Bréfritari: Benedikt Hálfdanarson
Dagsetning: A-1890-03-01
Skrifað á: Vesturheimi

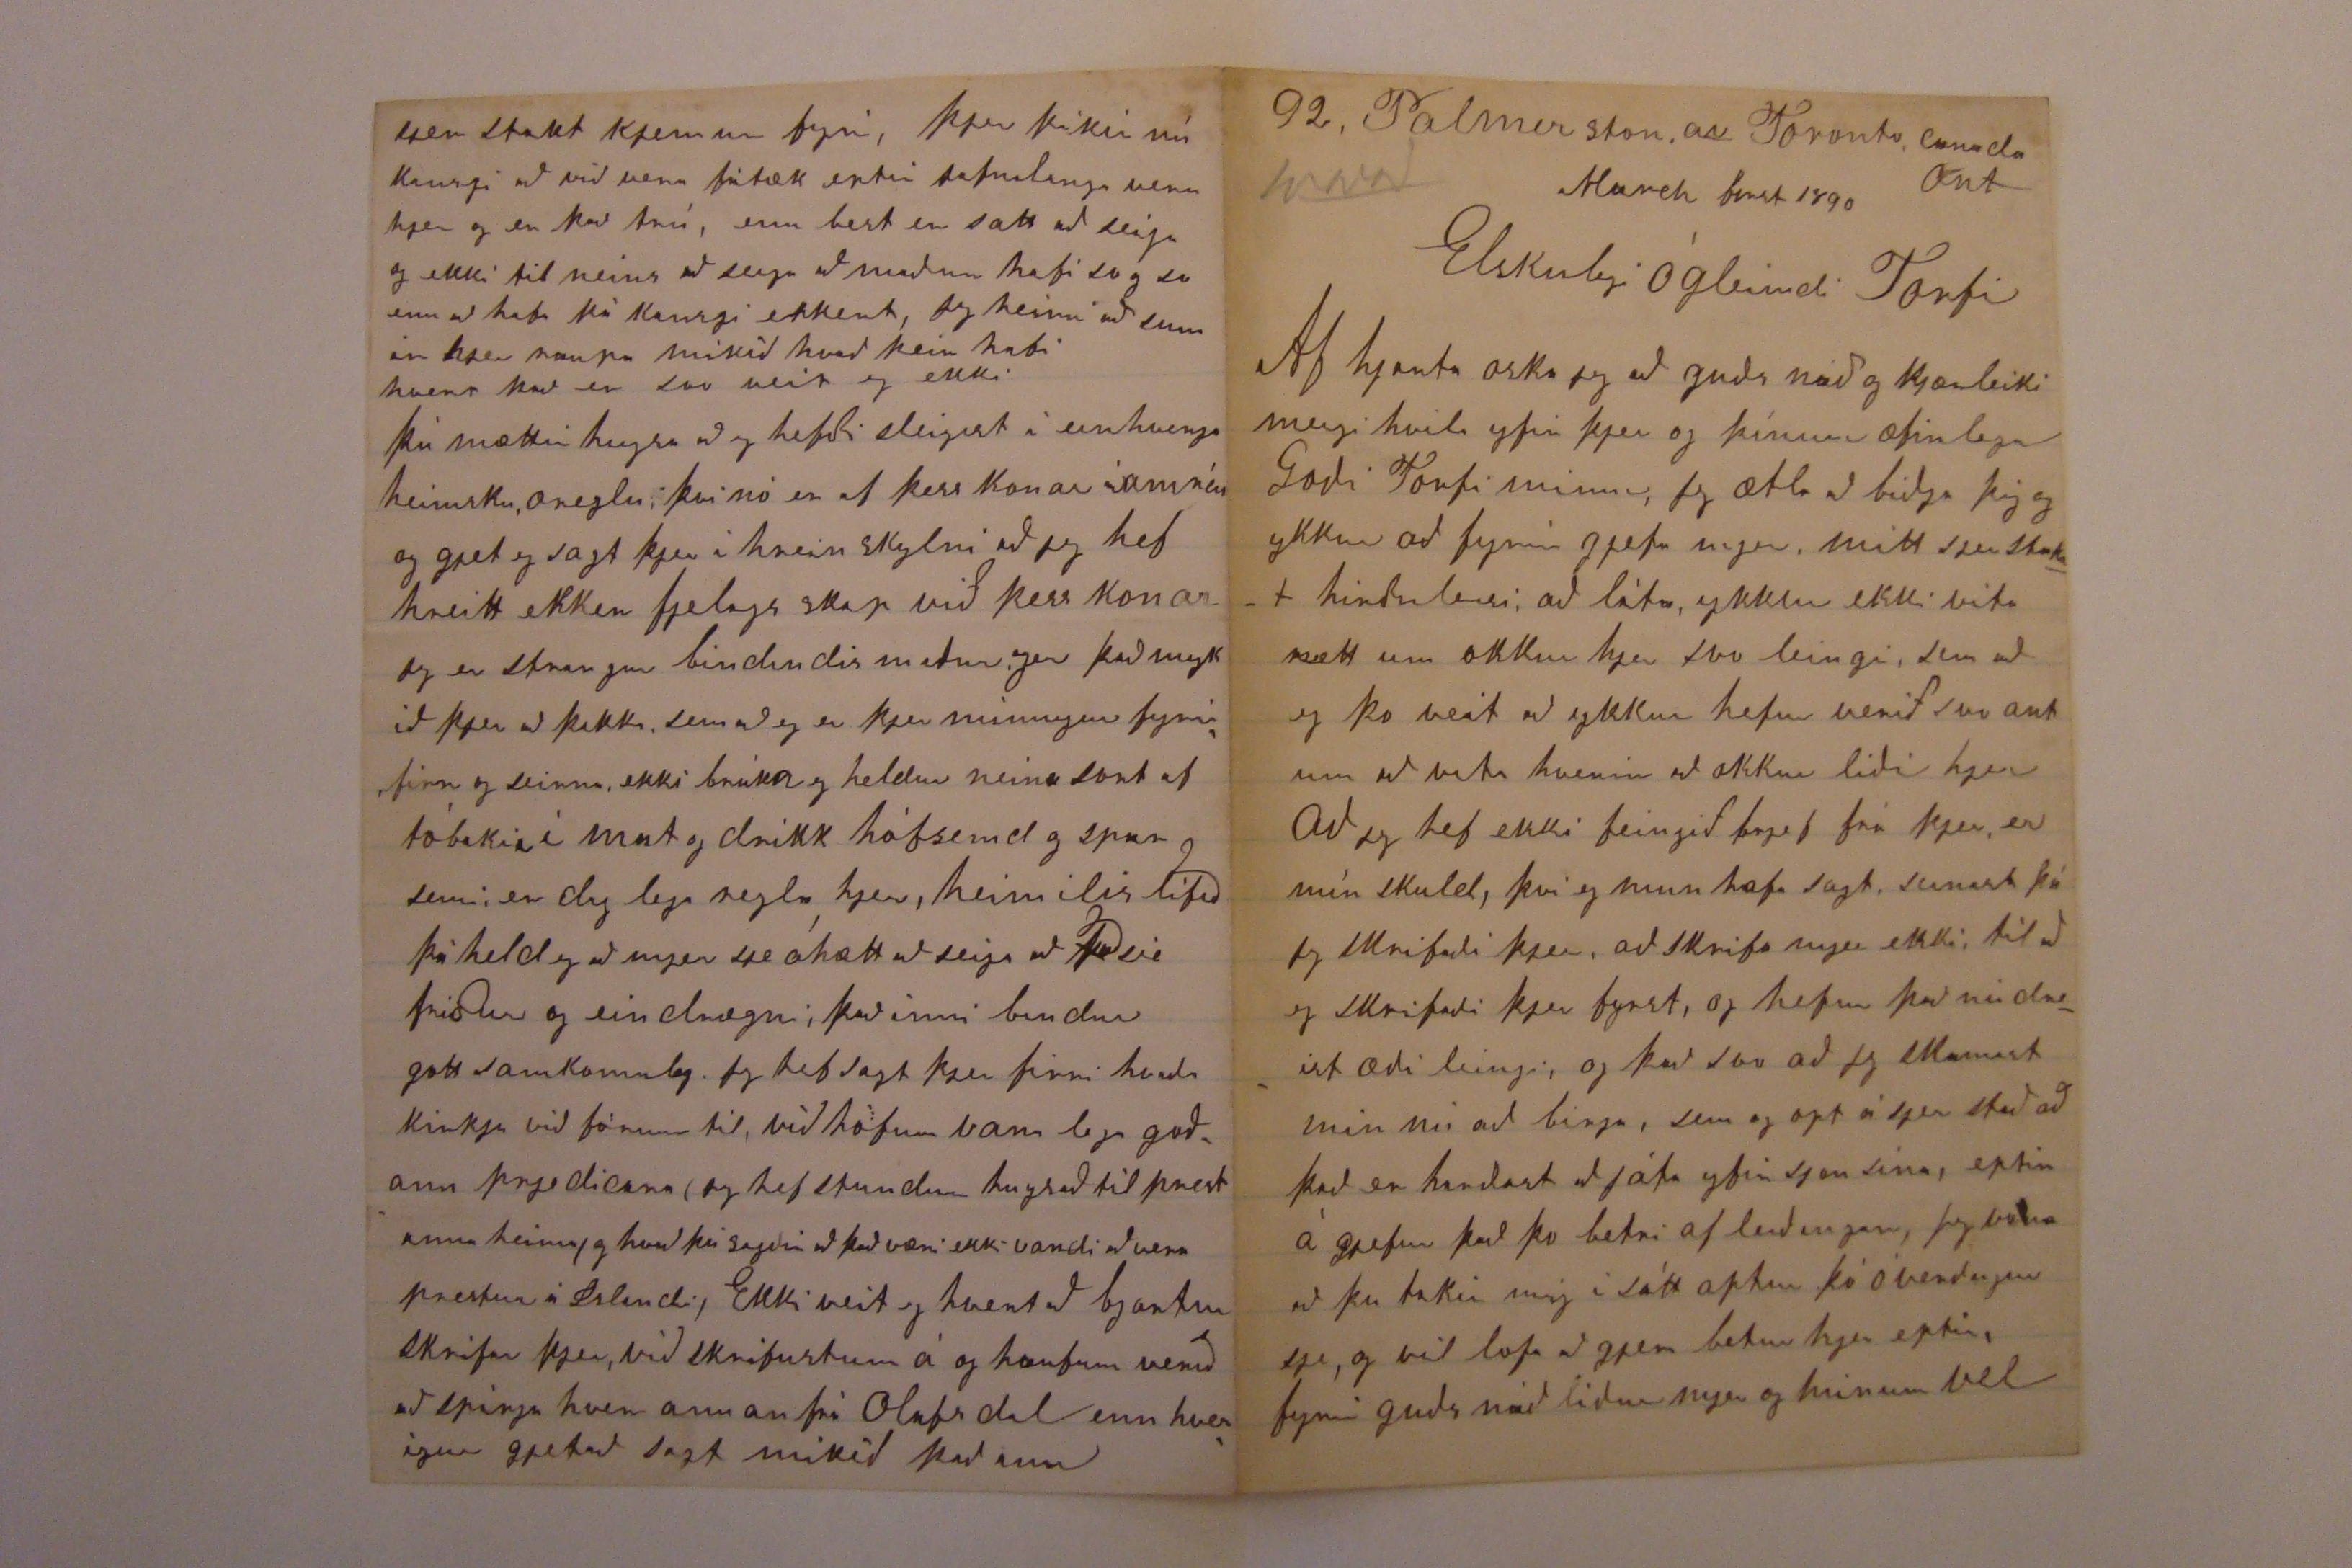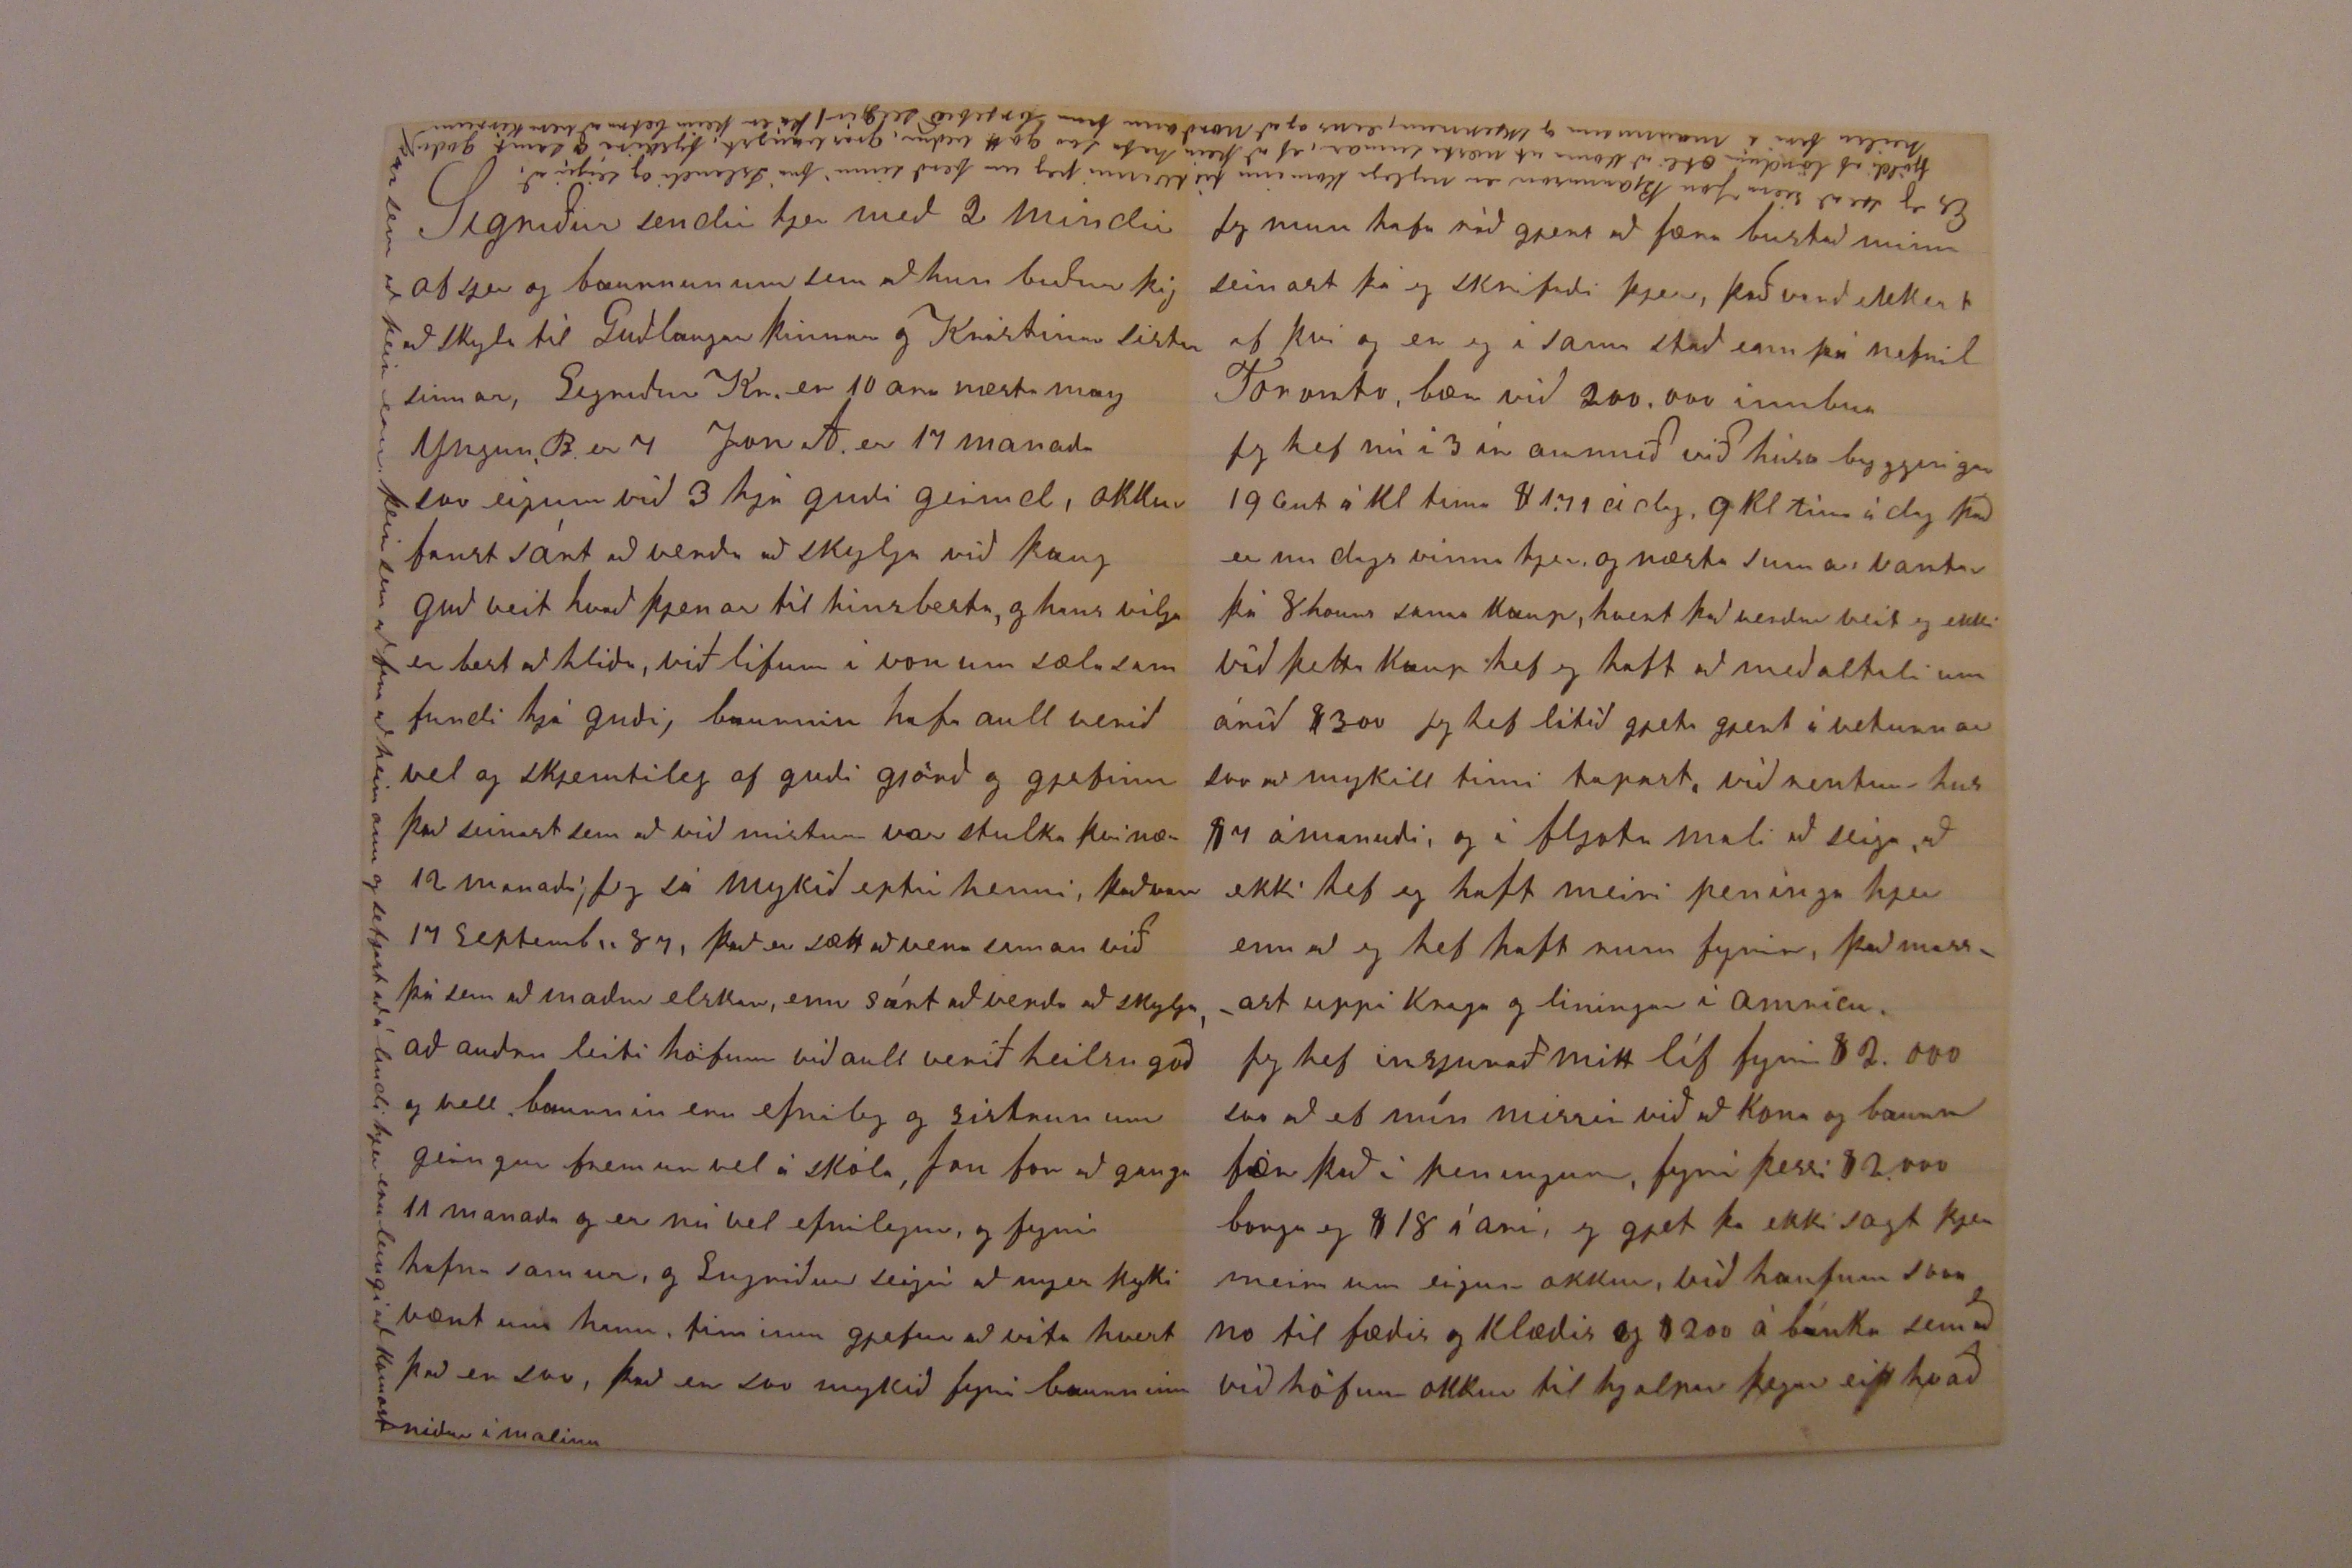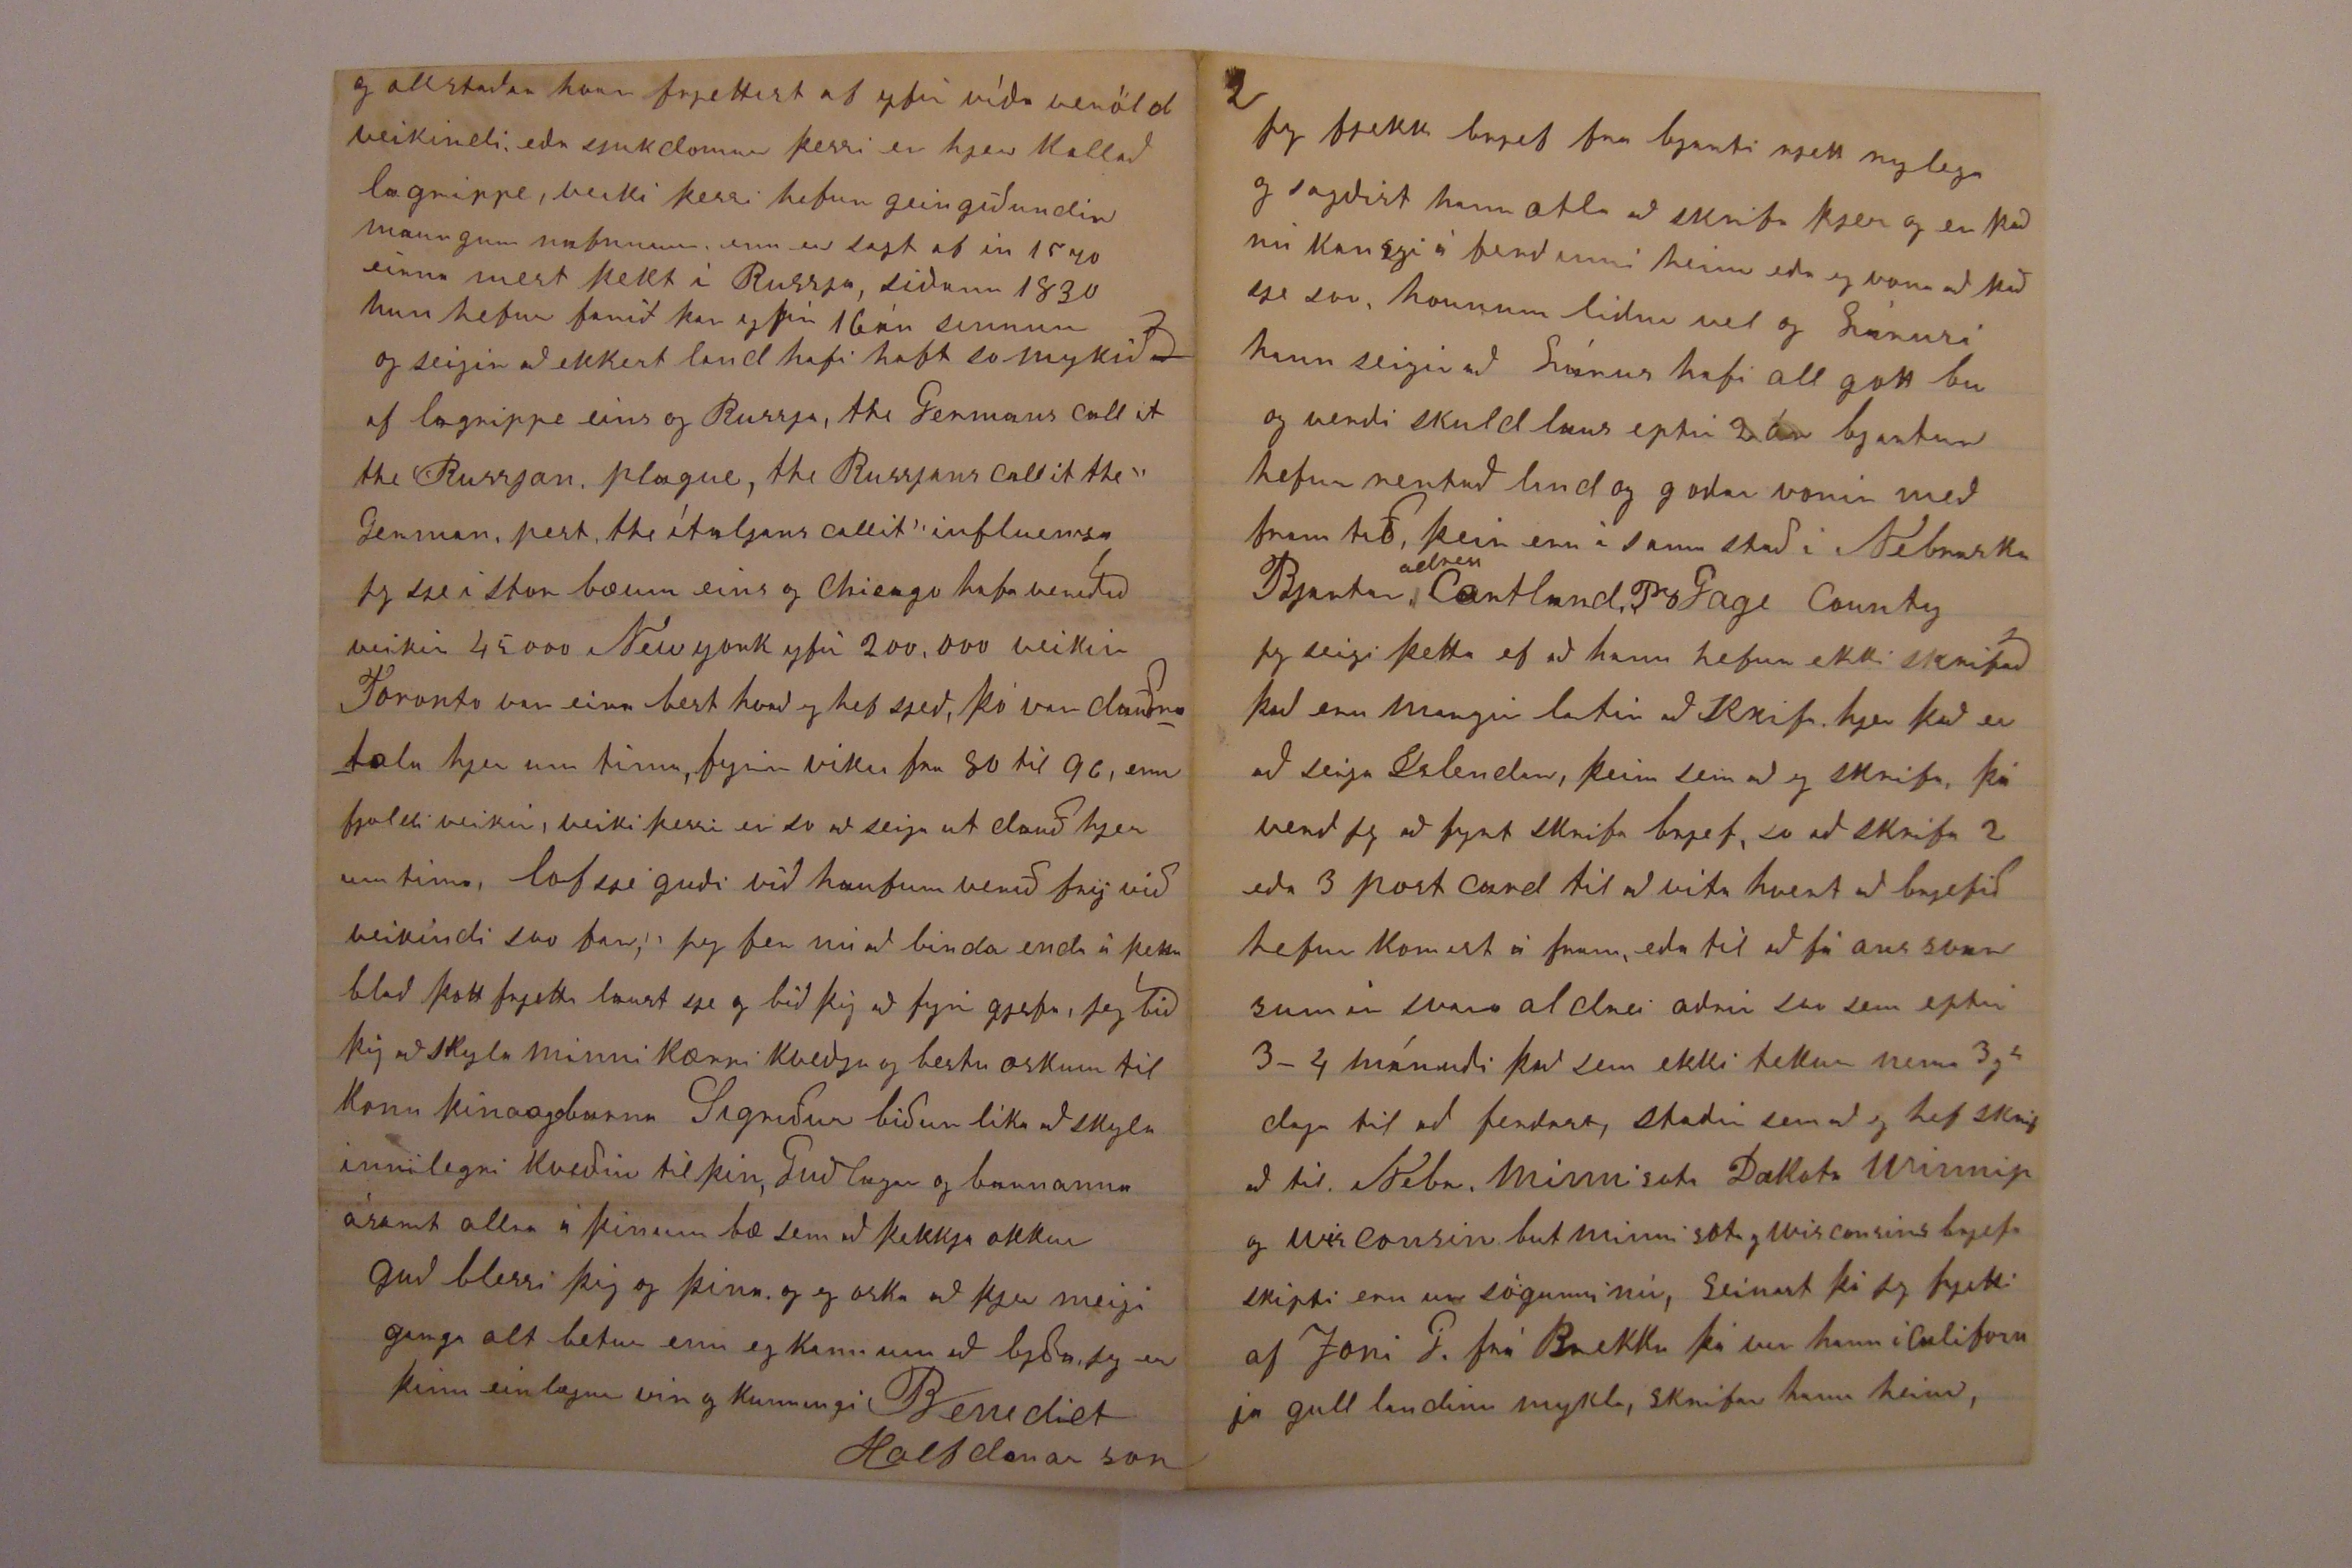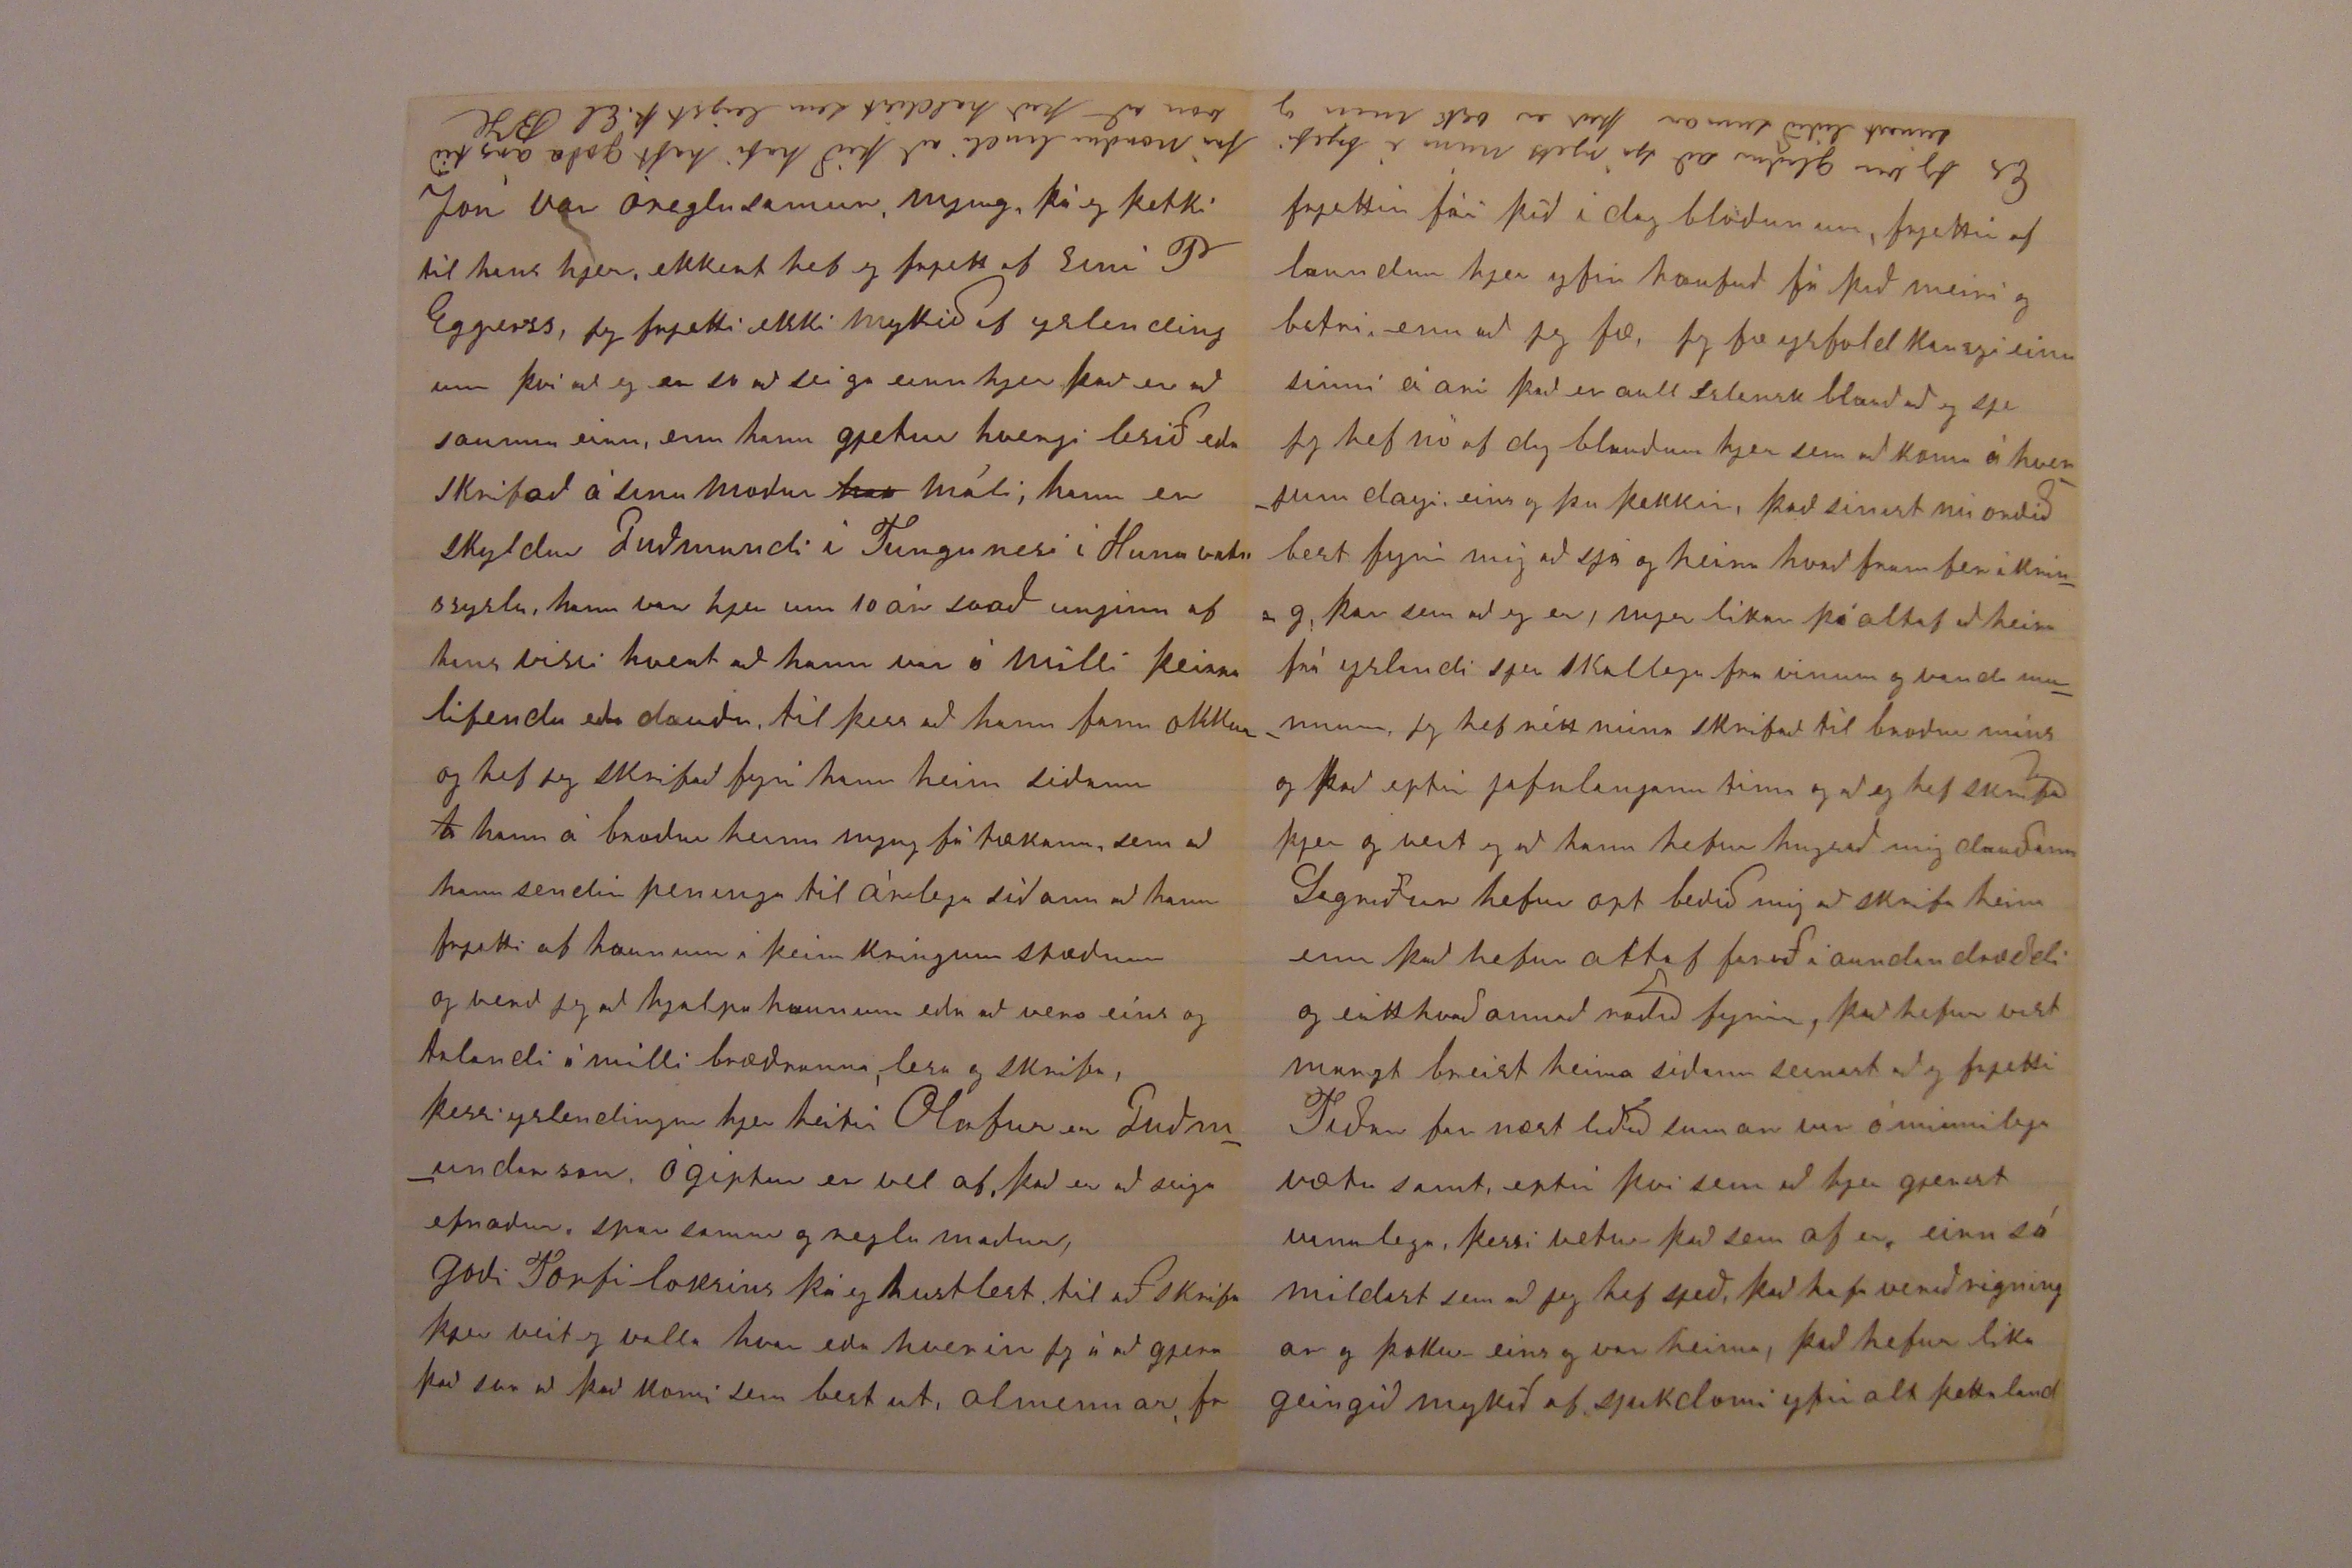

92. Palmer Ston. av Toronto Canada Ont
March first 1890
Elskulegi ógleimdi Torfi
Af hjarta oska jeg að guðs náð og kjærleiki meigi hvíla yfir þjer og þínum æfinlega Goði Torfi minn, jeg ætla að biðja þig og ykkur að fyrir gjefa mjer mitt sjerstakt hirðuleisi að láta ykkur ekki vita neitt um okkur hjer svo leingi sem að eg þo veit að ykkur hefur verið svo ant um að vita hvernin að okkur liði hjer Að jeg hef ekki feingið brjef frá þjer er mín skuld, því eg mun hafa sagt seinast þá jeg skrifaði þjer, að skrifa mjer ekki til að eg skrifaði þjer fyrst, og hefur það nú dregist æði leingi, og það svo að jeg skamast mín nú að birja, sem og opt á sjer stað að það er harðast að játa yfir sjon sína, eptir á gjefur það þo betri af leiðingar, jeg vona að þu takir mig í sátt aptur þó óverðugur sje, og vil lofa að gjera betur hjer eptir, fyrir guðs náð líður mjer og hinum vel
þar sem að þeir eru þeir sem að fara að heimann og setjast að á landi hjer eru lengi að komast niður í malinu
Jeg mun hafa ráð gjert að færa bustað minn seinast þá eg skrifaði þjer, það varð ekkert af því og er eg í sama stað enn þá nefnil Toronto, bær við 200.000 innbua
Jeg hef nú í 3 ár aunnið við húsa byggingar 19 Cent á kl tíma $ 1.71 á dag 9 kl tíma á dag það er nu dags vinna hjer og næsta sumar vantar þá 8 hours sama kaup, hvert það verður veit eg ekki við þetta kaup hef eg haft að meðaltali um árið $ 300 jeg hef lítið gjeta gjert á veturnar svo að mykill tími tapast, við rentum hus $ 7 á manuði, og í fljotu mali að seiga að ekki hef eg haft meiri peninga hjer enn að eg hef haft rum fyrir, það massast uppí Kraga og líningar í amricu.
Jeg hef insjurað mitt líf fyrir $ 2.000 svo að ef mín missir við að kona og baurn fær það í peningum, fyrir þessi $ 2.000 borga eg $ 18 á ári, og gjet þa ekki sagt þjer meira um eignir okkar, við haufum svona no til fæðis og klæðis og $ 200 á bánka sem að við höfum okkur til hjalpar þegar eitthvað
Es eg sje að siera Jon Bjarnason er nylega kominn til Winnipeg ur ferð sinni frá Islandi og seigir að fjöldi af löndum ætli að koma ut næsta sumar, ef að þeir hafa svo gott veður, grasvaugst, fyskirí á samt goðri heilsu fari í maunnum og skjepnum, eins og að norðann fara brjefið seigir þá er þeim betra að vera kirrum
sjerstakt kjemur fyrir, þjer þikir nú kansgi að við vera fátæk eptir jafnlanga veru hjer og er það
trú
, enn best er satt að seiga og ekki til neins að seiga að maður hafi so og so enn að hafa þá kansgi ekkert, jeg heiri að sumir hjer raupa mikið hvað þeir hafi hvert það er svo veit eg ekki
þú mættir hugsa að eg hefði sleigist í einhverja heimsku, oreglu því nó er af þess konar í amrícu og gjet eg sagt þjer í hreinskylni að jeg hef hreitt ekkert fjelags skap við þess konar jeg er strangur bindindis maður og er það mykið þjer að þakka sem að eg er þjer minnugur fyrir firr og seirna, ekki brúka eg heldur neina sort af tóbaki í mat og drikk hófsemd og spar semi, er dag lega regla hjer, heimilis lífið þá held eg að mjer sje óhætt að seiga að það sie friður og eindrægni, það inni bindur gott samkomulag. Jeg hef sagt þjer firri hvaða kirkju við förum til, við höfum vanalega goðann prjedicara (jeg hef stundum hugsað til prestanna heima, og hvað þú sagðir að það væri ekki vandi að vera prestur á Islandi) Ekki veit eg hvert að bjartur skrifar þjer, við skrifustum á og haufum verið að spirja hver annan frá Olafsdal enn hverigur gjetað sagt mikið það um
Jeg fjekk brjef fra bjarti rjett nylega og sagðist hann atla að skrifa þjer og er það nú kansgi á ferðinni heim eða eg vona að það sje svo, honum líður vel og Lárusi hann seigir að Lárus hafi all gott bu og verði skuldlaus eptir 2 ár bjartur hefur rentað land og goðar vonir með framtíð, þeir eru í sama stað í Nebraska Bjartur
adress
Cortland P O Gage County
Jeg seigi þetta ef að hann hefur ekki skrifað það eru margir latir að skrifa hjer það er að seiga Islendir, þeim sem að eg skrifa, þá verð jeg að fyrst skrifa brjef, so að skrifa 2 eða 3 post card til að vita hvert að brjefið hefur komist á fram, eða til að fá
ans
svar sumir svara aldrei aðrir svo sem eptir 3-4 mánuði það sem ekki tekur nema 3 og 4 daga til að ferðast, staðir sem að eg hef skrifað til Nebr. Minnisota Dakota Winnipeg Wisconsin but minnisota og wisconsins brjefa skipti eru ur sögunni nú, Seinast þá jeg frjetti af Joni
G.
frá Brekku þá var hann í Californju gull landinu mykla, skrifar hann heim,
Jón var óreglusamur
nyung
þá eg þekki til hans hjer, ekkert hef eg frjett af sini P Eggerss, jeg frjetti ekki mykið af yslendingum því að eg er so að seiga einn hjer það er að
saunnu
einn, enn hann gjetur hvergi lesið eða skrifað á sínu moður
ma
máli, hann er skyldur Guðmundi í Tungunesi í Hunavatnssyslu, hann var hjer um 10 ár soað
einginn
af
hans
vissi hvert að hann var á milli þeirra lifenda eða dauðu, til þess að hann fann okkur og hef jeg skrifað fyrir hann heim síðann
h
hann á broður heima mjog fátækann sem að hann sendir peninga til árlega síðann að hann frjetti af haunum í þeim kringum stæðum og verð jeg að hjalpa honum eða að vera eins og talandi á milli bræðranna, lesa og skrifa, þessi yslendingur hjer heitir Olafur er Guðmundarson ógiptur er vel af, það er að seiga efnaður, sparsamur og reglumaður,
goði Torfi loksins þá eg
hustlest
til að skrifa þjer veit eg valla hvar eða hvernin jeg á að gjera það svo að það komi sem best ut, almennar fr
fái þið í dag blöðunum, frjettir af laundum hjer yfir haufuð fá það meiri og betri enn að jeg fæ, Jeg fæ ysfold kansgi einu sinni á ari það er aull Islensk blauð að eg sje Jeg hef nó af dag blauðum hjer sem að koma á hverjum deigi eins og þu þekkir, það sínist nú orðið best fyrir mig að sjá og heira hvað fram fer í kring þar sem að eg er, mjer líkar þó altaf að heira frá yslandi sjer skallega fra vinum og vanda mannum, jeg hef rétt núna skrifað til broður míns og það eptir jafnlangann tíma og að eg hef skrifað þjer og veit eg að hann hefur hugsað mig dauðann Sigríður hefur opt beðið mig að skrifa heim enn það hefur altaf farið í aundan dræddi og eitthvað annað raðið fyrir, það hefur hefur víst margt breist heima síðann seinast að jeg frjetti Tíðar far næst liðið sumar var ó minnilega vætu samt, eptir því sem að hjer gjerist vanalega, þessi vetur það sem af er eirn sá mildast sem að jeg hef sjeð, það hafa verið rigningar og þokur eins og var heima, það hefur líka geingið mykið af sjukdomi yfir alt þetta land
Es Jeg var glaður að sjá rjett núna í brjefi frá norðurlandi að þið hafi haft goða ár tíð seinast liðið sumar það er osk mín og von að það haldist sem leigst þ. El BH
og allstaðar
kom
frjettist af yfir víða veröld veikindi, eða sjukdomur þessi er hjer kallað
lugrippe
, veiki þessi hefur geingið undir maurgum nafnum enn er sagt að in 1570 eirn mest þekt í Russja, síðann 1830 hun hefur farið þar og
því
16án sinnum og seigir að ekkert land hafi haft so mykið
að
af
lugrippe
eins og Russja, the Germans call it the Russjan plague, the Russjans call it he German pest, the italjans call it influensa jeg sje í stór bæum eins og Chicago hafa
verðið
veikir 45000 New york yfir 200.000 veikir Toronto var eirn best hvað eg hef sjeð þó var dauðra tala hjer um tíma fyrir viku fra 80 til 96, enn fjoldi veikir, veiki þessi er að seiga ut dauð hjer um tíma, lof sje guði við haufum verið frij við veikindi svo far, jeg fer nú að binda enda á þetta blað þott frjetta laust sje og bið þig að fyrirgjefa, jeg bið þig að skyla minni kærri kveðju og bestu oskum til konu þina og barna Sigríður biður líka að skyla innilegri kveðiu til þín Guðlaugar og barnanna ásamt allra á þínum bæ sem að þekkja okkur
Guð blessi þig og þína og eg oska að þjer meigi ganga alt betur enn eg kann um að byða, jeg er þinn einlægur vin og kunningi Benedict Halfdanarson